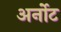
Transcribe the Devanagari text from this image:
अर्नोट